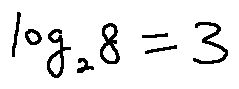
\log _ { 2 } 8 = 3